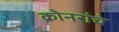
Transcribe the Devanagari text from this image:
क्रोनरांचे